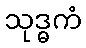
သုဒ္ဓကံ